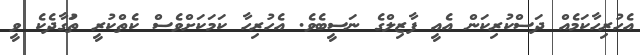
އެހުރިހާކަމެއް ދަސްކުރިކަން އެއީ ފާޒިލްގެ ނަސީބެވެ. އެހުރިހާ ކަމަކަށްވެސް ކެތްކުރީ ތުަގާދެކެ ވީ